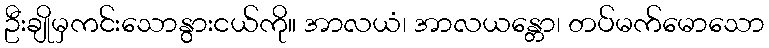
ဦးချိုမှကင်းသောနွားငယ်ကို။ အာလယံ၊ အာလယန္တော၊ တပ်မက်မောသော